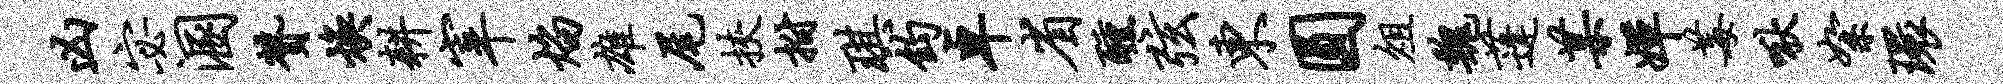
凶宓溷赞焕耕宰焰雄尾挟拊琪钧卓省醺弦东圆俎魏蓬某婵莓啾絮环